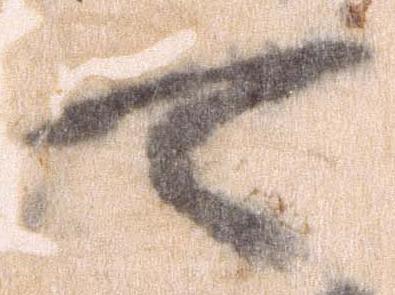
可